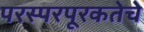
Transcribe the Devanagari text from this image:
परस्परपूरकतेचे